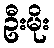
ဦးမိုး